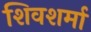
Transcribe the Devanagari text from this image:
शिवशर्मा